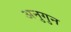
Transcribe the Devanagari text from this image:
अनुगुन